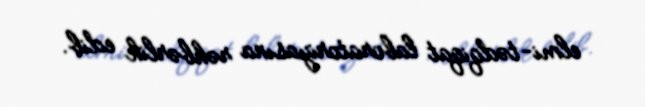
elmi-tədqiqat laboratoriyasına rəhbərlik edib.